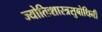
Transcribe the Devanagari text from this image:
ज्योतिःशास्त्रसुबोधिनी